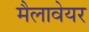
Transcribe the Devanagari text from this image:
मैलावेयर